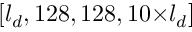
[ l _ { d } , 1 2 8 , 1 2 8 , 1 0 \small { \times } l _ { d } ]